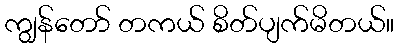
ကျွန်တော် တကယ် စိတ်ပျက်မိတယ်။